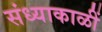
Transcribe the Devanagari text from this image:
संध्याकाळीं